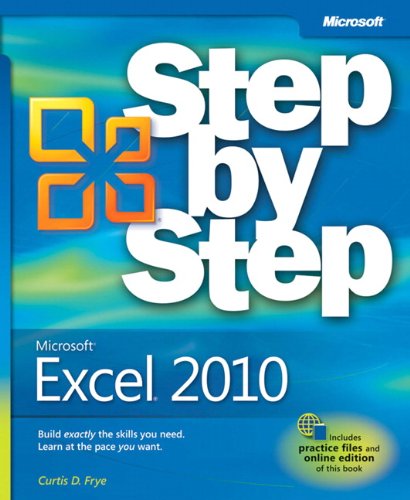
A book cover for Microsoft Excel 2010 (Step By Step); Curtis Frye; Computers & Technology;